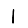
Digit: 1